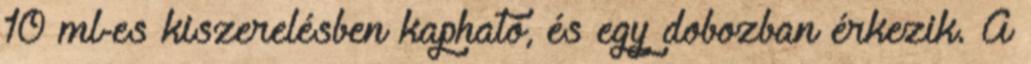
10 ml-es kiszerelésben kapható, és egy dobozban érkezik. A